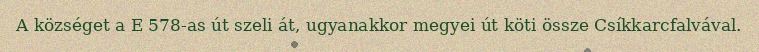
A községet a E 578-as út szeli át, ugyanakkor megyei út köti össze Csíkkarcfalvával.